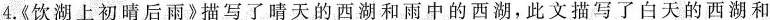
4.《饮湖上初晴后雨》描写了晴天的西湖和雨中的西湖，此文描写了白天的西湖和